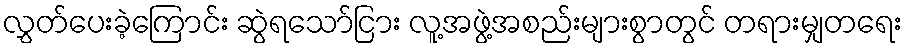
လွှတ်ပေးခဲ့ကြောင်း ဆွဲရသော်ငြား လူ့အဖွဲ့အစည်းများစွာတွင် တရားမျှတရေး